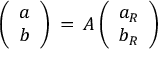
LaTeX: \left( \begin{array} { c } { { a } } \\ { { b } } \end{array} \right) \: = \: { \cal A } \left( \begin{array} { c } { { a _ { R } } } \\ { { b _ { R } } } \end{array} \right)